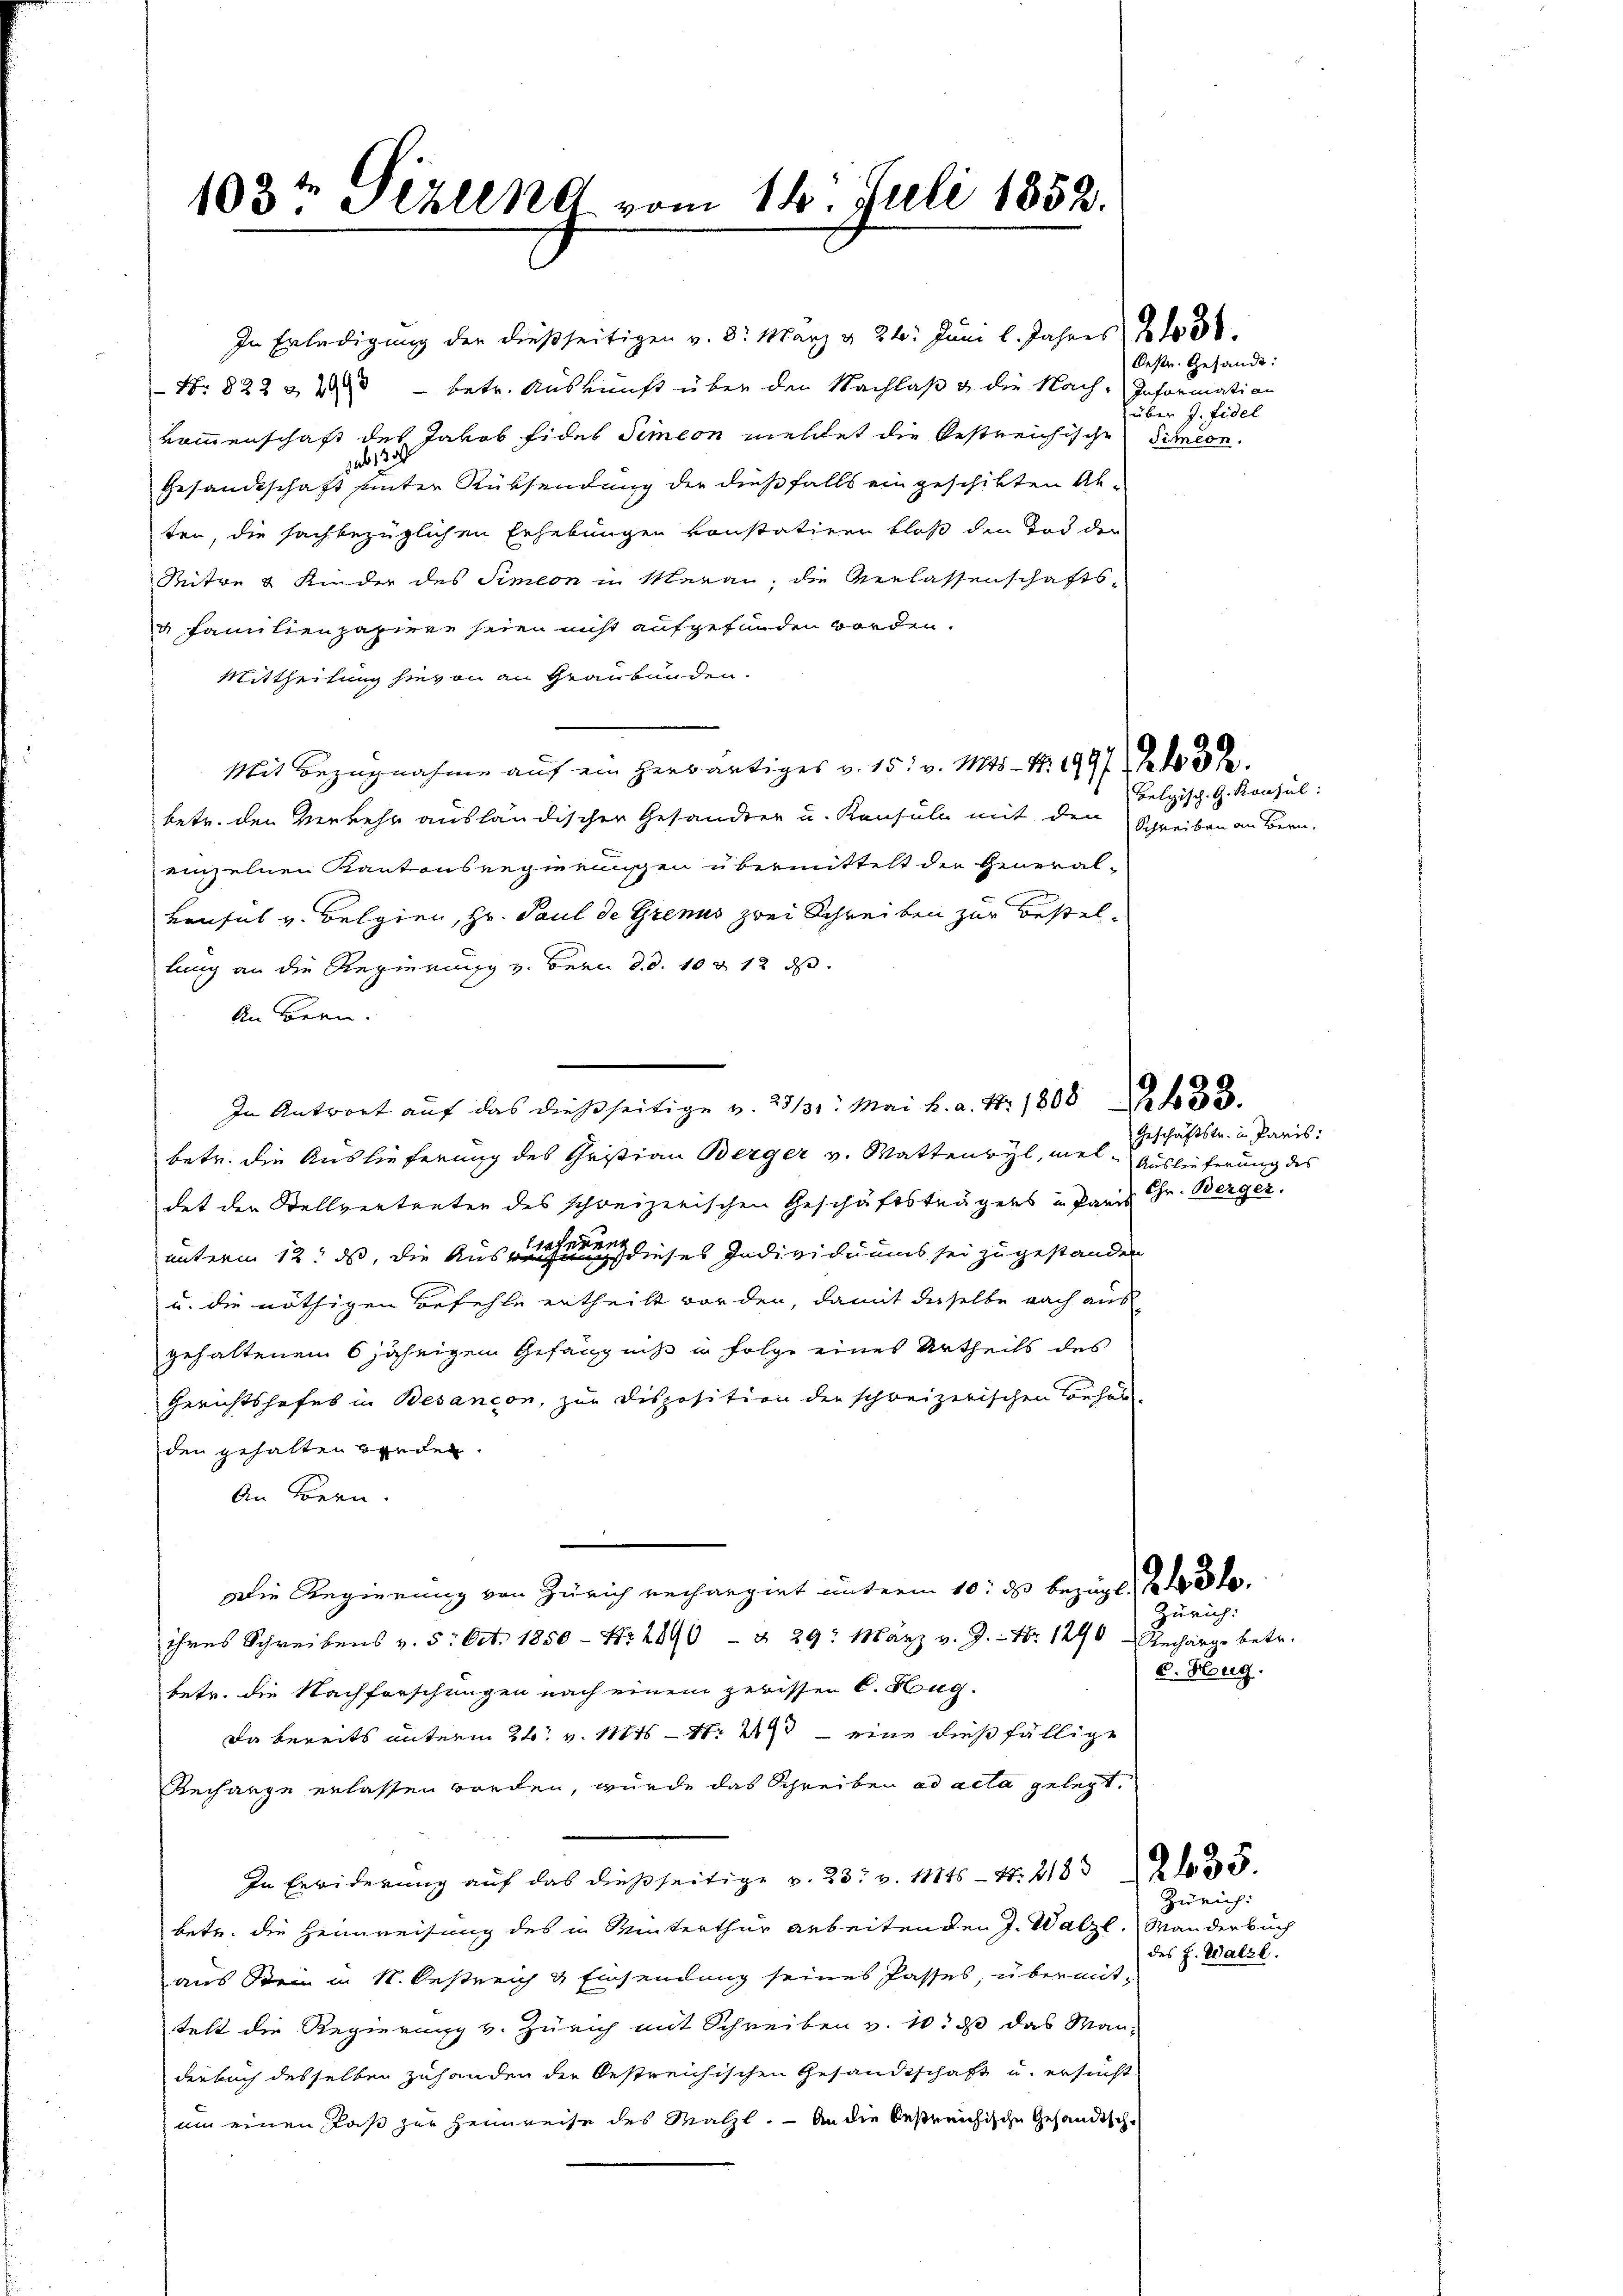
103t Pizlena vom 14. Juli 1852.

Nr. 822 & 20 - betr. Auskunft über den Nachlaß a. die Nach-Information
kommenschaft des Jakob Fidet Simeon meldet die bestreichische Simeon.
sub 135.
Gesandtschaft hinter Rücksendung der dießfalls ein geschikten Abten, die sachbezüglichen Erhebungen konstatiren bloß den Tod den
Stütze & Kinder des Simeon in Meran, die Verlassenschafts-
u Familienpapieren seien nicht aufgefunden worden.
Mittheilung hievon an Graubünden.
Mit Bezugnahme auf ein herwärtiges v. 15. v. Mts. Nr. 199/12 457.
betr. den Verkehr ausländischer Gesandten u. Konsuln mit den Schreiben an Bern.
einzelnen Kantonsregierungen übermittelt der General-
Konsul v. Belgien, Hr. Paul de Grenus zwei Schreiben zur Bestellung an die Regierung v. Bern d. d. 10 & 12 ds.
An Bern.
In Antwort auf das dießseitige v. 23/31. Mai h. a. S. 18082 f 30
betr. die Auslieferung des Christian Berger v. Wattenwyl, viel Auslieferung des
det der Stellvertreten des schweizerischen Geschäftsträgers u. Parz Gr. Berger.
unterm 12. ds, die Auseinen dieses Individuums sei zugestanden
u. die nöthigen Befehle ertheilt worden, damit derselbe nach aus
gehaltenen 6 jährigem Gefängniß in Folge eines Urtheils des
Gerichtshofes in Besançon, zur Disposition der schweizerischen Behör-
den gehalten beeden
An Bern.
Die Regierung von Zürich rechargirt unterm 10. ds bezügl.
ihres Schreibens v. 5. Oct. 1850- Nr. 2890- & 29. März v. J. Nr. 1290 - Recharge betr.
betr. die Nachforschungen nach einem gewissen C. Hug.
Da bereits unterm 26. v. 11845 — 11. 493 - eine dies fällige
Rechange erlassen worden, wurde das Schreiben ad acta gelegt.
In Erwiderung auf das dießseitige v. 23. v. 11145 - 4. 218 255.
betr. die Heimweisung des in Winterthur arbeitenden J. Walzl. Wander buch
aus Stein in K. Oestreich & Einsendung seines Passes, übermittelt die Regierung v. Zürich mit Schreiben v. 10. d das Man-
derbuch desselben zuhanden der Oestreichischen Gesandtschaft u. ersucht
um einen Paß zur Heimreise des Malzt. — An die bestreichische Gesandtsch.

In Erledigung der dießseitigen v. 8. März v. 26. Juni l. Jahres 21030.

Oestr. Gesandt:
über J. Fidel

Belgisch. G. Konsul:

Geschäftstr. in Paris:

Zürich.
d. Hug.

Zürich:
des J. Walze.